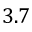
3 . 7